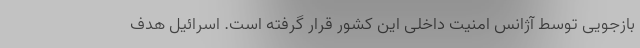
بازجویی توسط آژانس امنیت داخلی این کشور قرار گرفته است. اسرائیل هدف